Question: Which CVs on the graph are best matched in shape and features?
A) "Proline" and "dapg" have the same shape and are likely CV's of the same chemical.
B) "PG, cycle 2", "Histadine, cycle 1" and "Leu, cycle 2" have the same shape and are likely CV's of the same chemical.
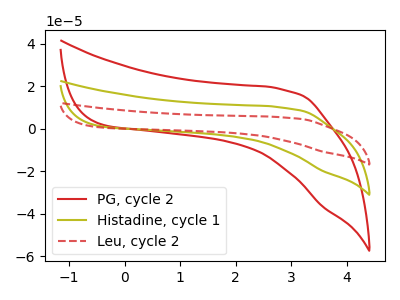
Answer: <think>The red curve "PG, cycle 2" has no peaks. The olive curve "Histadine, cycle 1" has no peaks. The red dashed curve "Leu, cycle 2" has no peaks.
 Neither "PG, cycle 2" or "Histadine, cycle 1" have any peaks. Neither "PG, cycle 2" or "Leu, cycle 2" have any peaks. Neither "Histadine, cycle 1" or "Leu, cycle 2" have any peaks.</think>
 <answer>B) "PG, cycle 2", "Histadine, cycle 1" and "Leu, cycle 2" have the same shape and are likely CV's of the same chemical.</answer>
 <eval>B</eval>